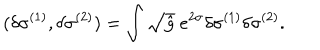
( \delta \sigma ^ { ( 1 ) } , \delta \sigma ^ { ( 2 ) } ) = \int \sqrt { \hat { g } } ~ e ^ { 2 \sigma } \delta \sigma ^ { ( 1 ) } \delta \sigma ^ { ( 2 ) } .